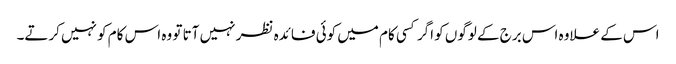
اس کے علاوہ اس برج کے لوگوں کو اگر کسی کام میں کوئی فائدہ نظر نہیں آتا تو وہ اس کام کو نہیں کرتے۔